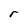
Character: r